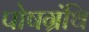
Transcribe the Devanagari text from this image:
पोषग्रंथि